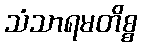
သံသာရမတိစ္စ